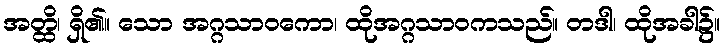
အတ္ထိ၊ ရှိ၏။ သော အဂ္ဂသာဝကော၊ ထိုအဂ္ဂသာဝကသည်။ တဒါ၊ ထိုအခါ၌။